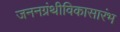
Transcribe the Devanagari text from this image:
जननग्रंथीविकासारंभ